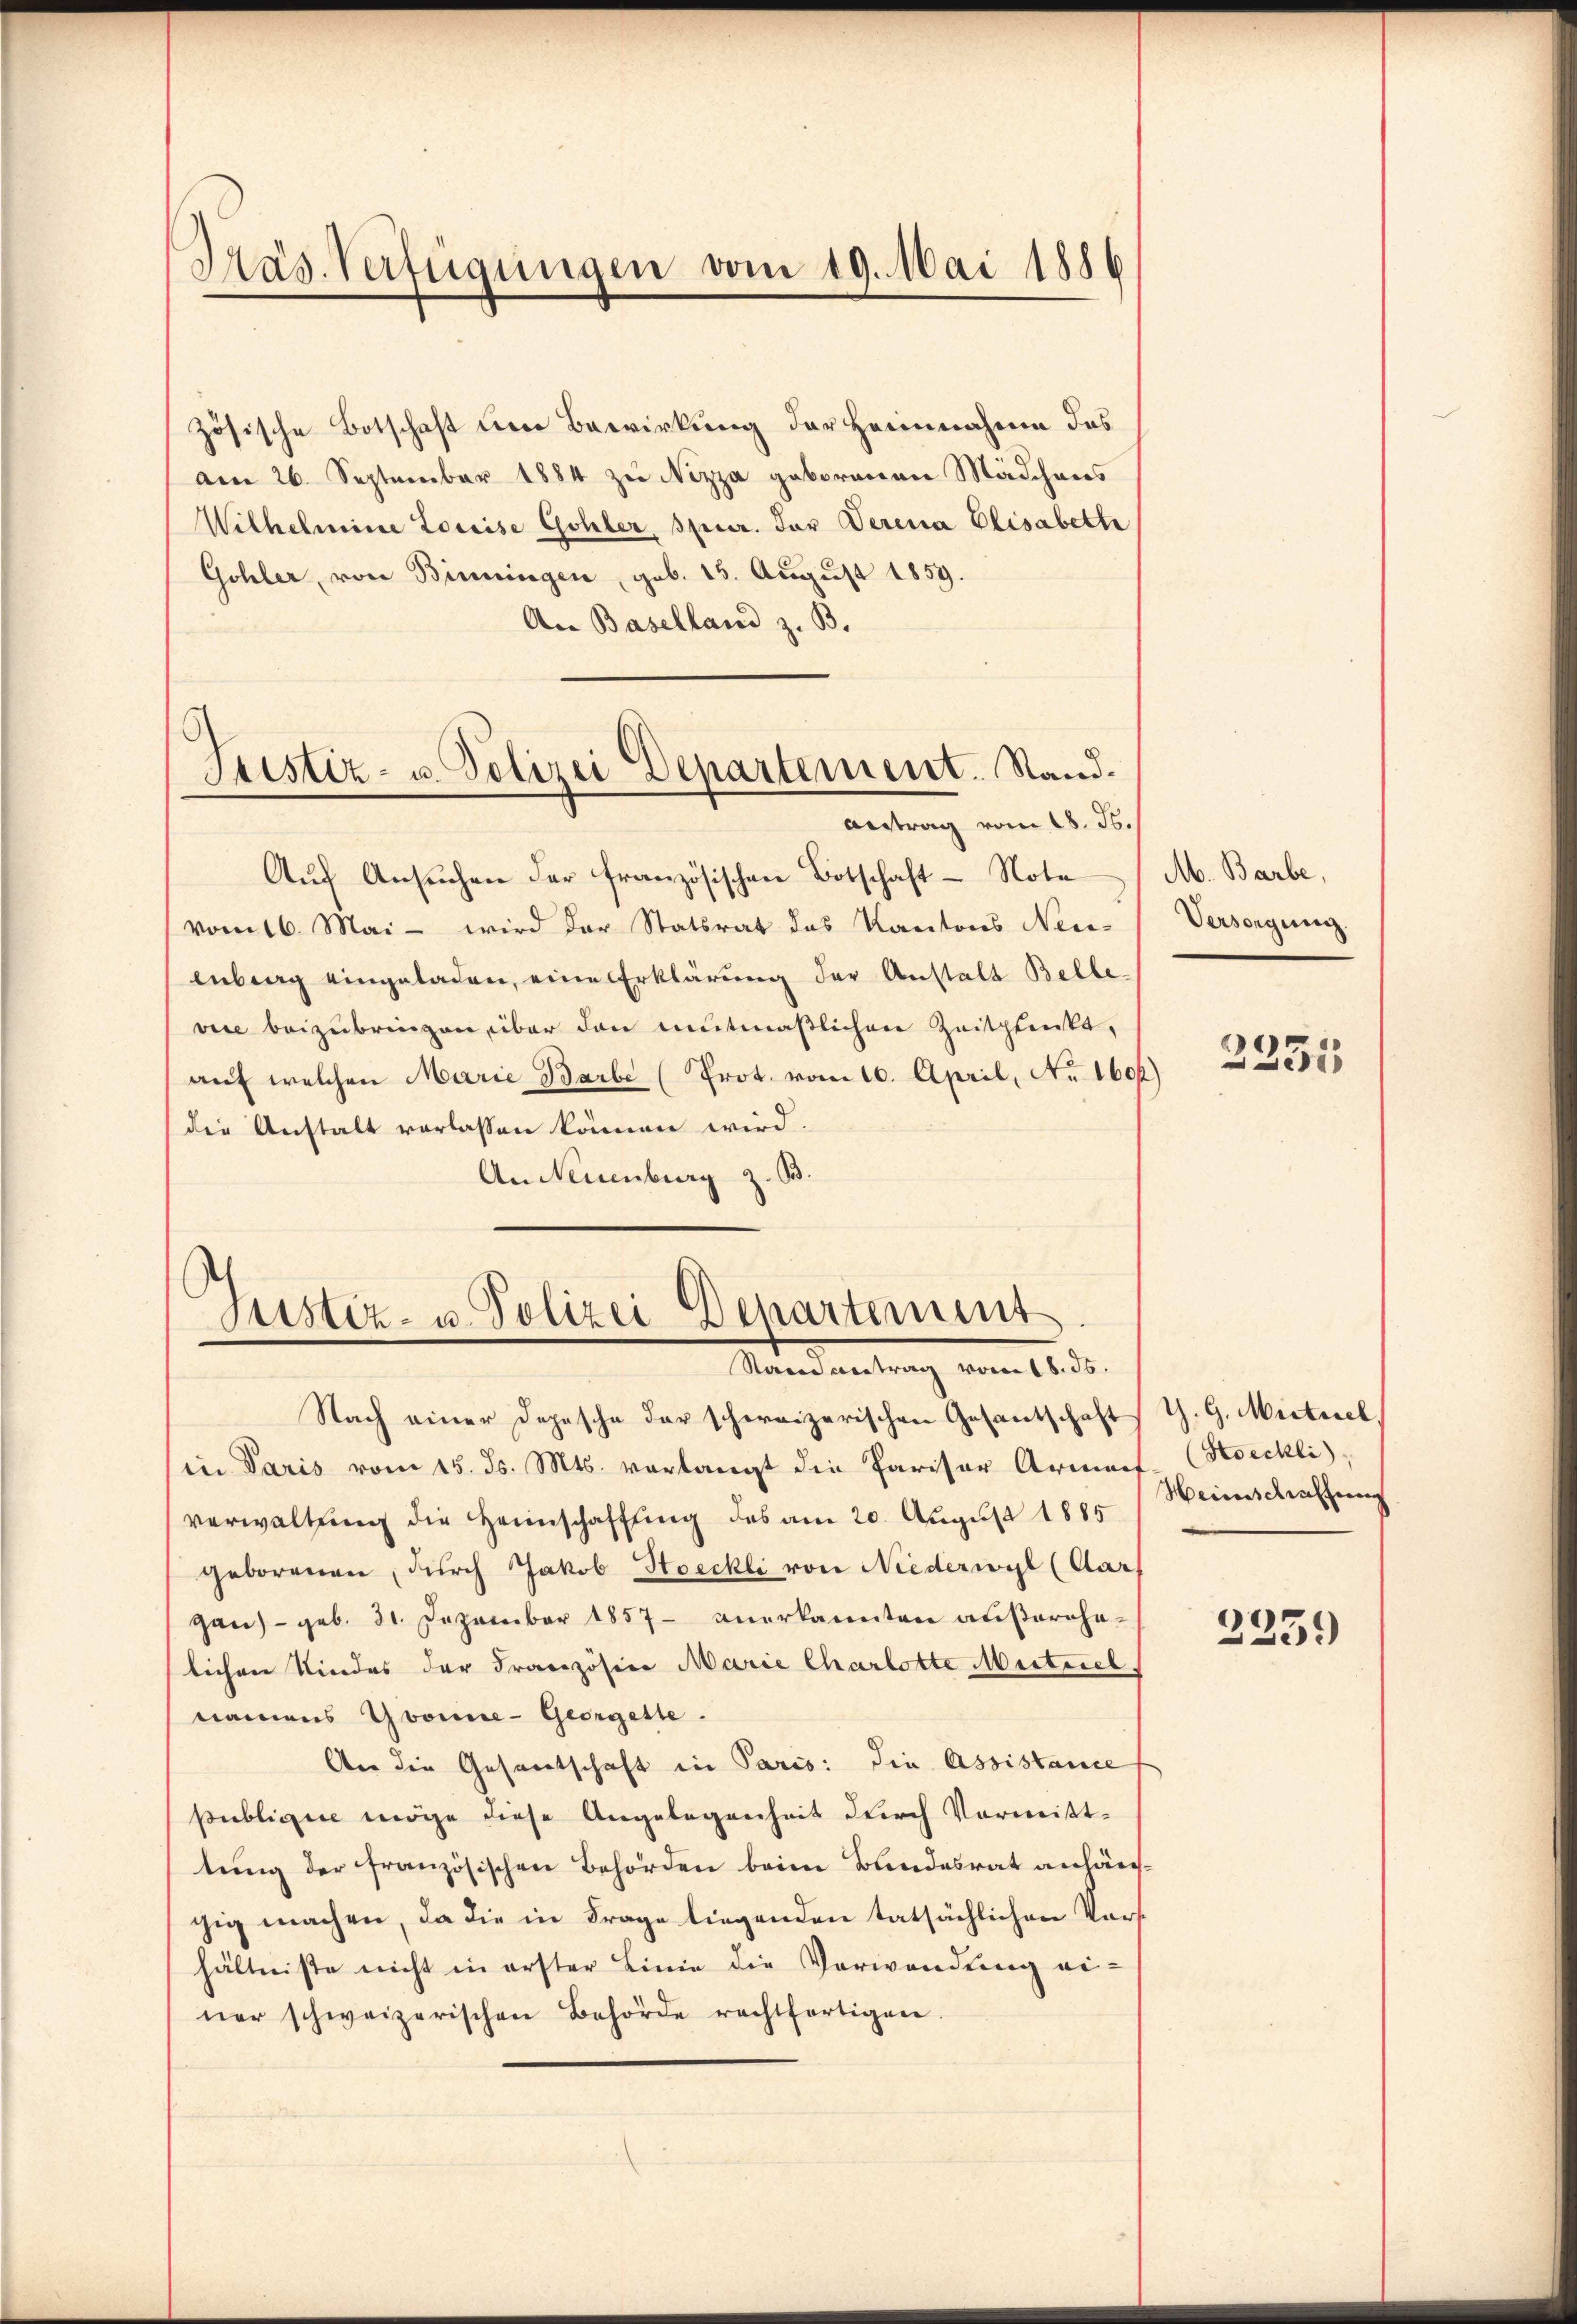
Präs. Verfügungen vom 19. Mai 1886

Stistiz- u. Polizei Departement. Stand¬
Antrag vom 18. ds.

zösische Botschaft eine Bewirkung der Heimnahme das
am 26. September 1884 zu Nizza geborenen Mädchens
Wilhelmine Loreise Gohler, Specer. Der Verena Elisabette
Gohler, von Binningen, geb. 15. August 1859.
An Baselland z. B.
Aŭf Ansŭchen der französischen Botschaft - Note
vom 16. Mai - wird der Statsrat das Kantons Neu-
enberg eingeladen, eine Erklärung der Anstalt Belle-
vice beizubringen, über den mutmaßlichen Zeitplenkt,
auf welchen Marie Barbe (Prot. vom 10. April, No. 160.
die Anstalt verlassen können wird.
An Neuenburg z. B.

Justiz- u. Polizei Departement
Staren vertrag vom 18. ds.

Nach einer Depesche der schweizerischen Gesantschaft G. G. Mittel
in Paris vom 15. ds. Mts. verlangt die Pariser Armans-Hoeckli)
verwaltung die Heimschaftung des am 20. August 1885
geborenen, durch Jakob Streckli von Niederwyl (Cars
gan) - geb. 31. Dezember 1857 anerkannten außerhalichen Kindes der Französier Marie Charlotte Mutznel
namens Gwonne- Georgeste.
Aer die Gesantschaft in Paris: die Assistance
publicie möge diese Angelegenheit durch Vormitttung der französischen Behörden beim Bandesrat anhängig machen, da die in Frage liegenden tatsächlichen Vors
hältnisse nicht in erster Linie die Verwanderung einer schweizerischen Behörde rechtfertigen.

M. Barbe,
Versorgung.

)

2235

Heinschaftung

2231)